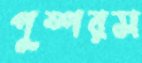
পুষ্পরস